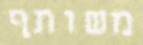
משותף